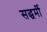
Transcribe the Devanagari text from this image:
सद्धर्मी